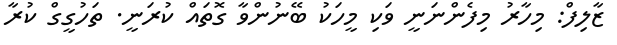
ޒާލިފް: މިހާރު މިފެންނަނީ ވަކި މީހަކު ބޭނުންވާ ގޮތައް ކުރަނީ. ތަހުގީގް ކުރާ